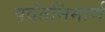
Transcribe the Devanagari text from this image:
पर्वतनिमार्ण